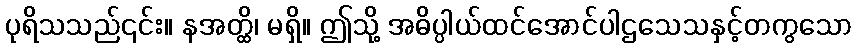
ပုရိသသည်၎င်း။ နအတ္ထိ၊ မရှိ။ ဤသို့ အဓိပ္ပါယ်ထင်အောင်ပါဌသေသနှင့်တကွသော